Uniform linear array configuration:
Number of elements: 32
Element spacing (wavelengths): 0.5
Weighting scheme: uniform
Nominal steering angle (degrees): -45
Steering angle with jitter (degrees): -44.25
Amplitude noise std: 0.05
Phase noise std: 0.05

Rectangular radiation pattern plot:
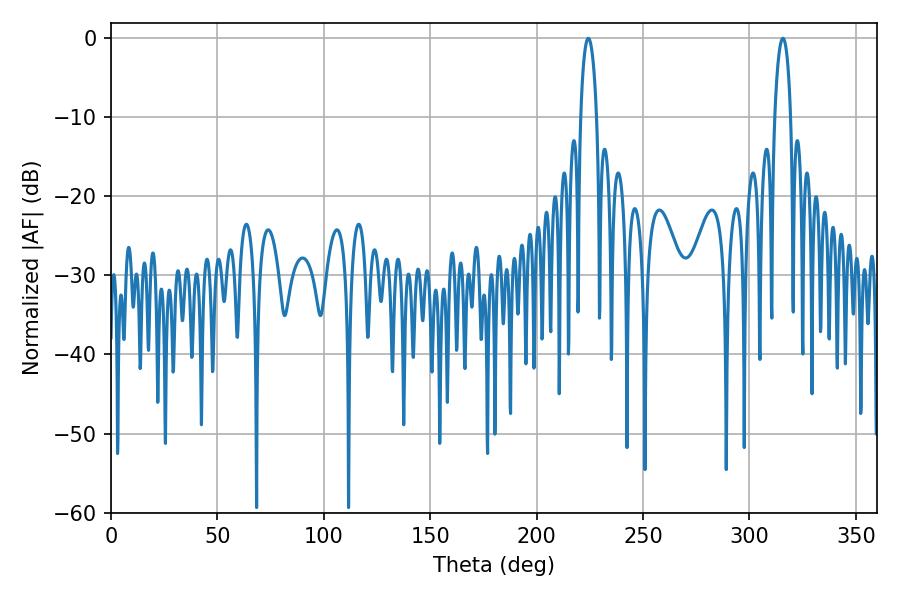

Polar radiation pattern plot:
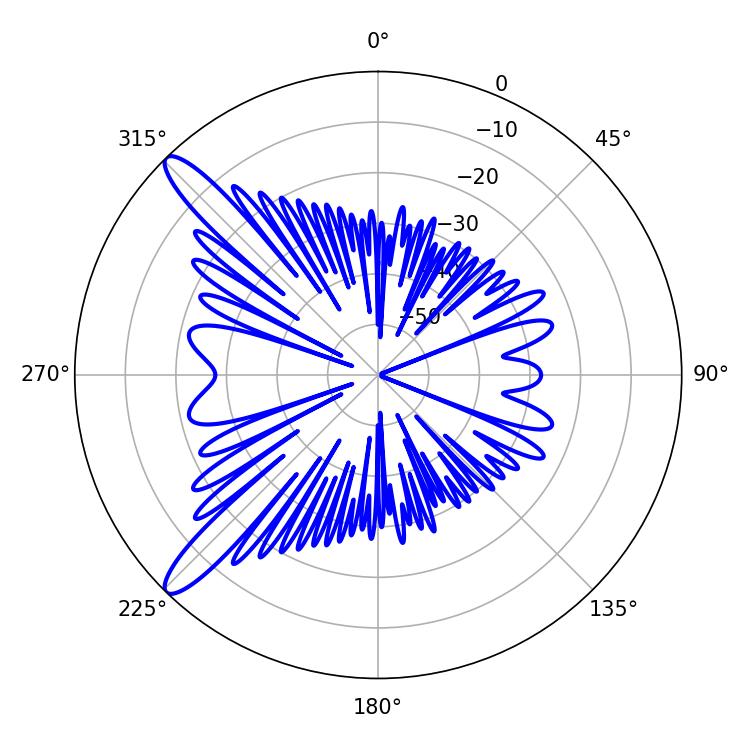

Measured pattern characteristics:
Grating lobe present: FALSE
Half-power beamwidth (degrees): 4.32
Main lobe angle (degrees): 224.28